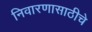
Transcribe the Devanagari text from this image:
निवारणासाठीचे